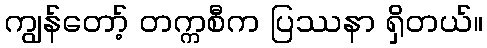
ကျွန်တော့် တက္ကစီက ပြဿနာ ရှိတယ်။